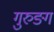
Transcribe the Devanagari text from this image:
गुरुङ्ग